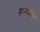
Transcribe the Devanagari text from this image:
सनसैट